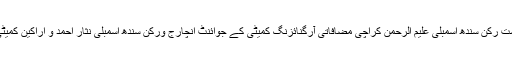
اس موقع پر حق پرست رکن سندھ اسمبلی علیم الرحمن کراچی مضافاتی آرگنائزنگ کمیٹی کے جوائنٹ انچارج ورکن سندھ اسمبلی نثار احمد و اراکین کمیٹی بھی موجو د تھے۔